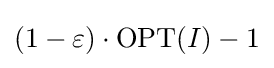
(1-\varepsilon )\cdot \mathrm {OPT} (I)-1